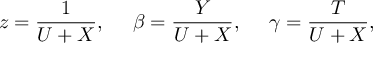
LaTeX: z = \frac { 1 } { U + X } , \ \ \ \ \beta = \frac { Y } { U + X } , \ \ \ \ \gamma = \frac { T } { U + X } ,